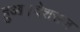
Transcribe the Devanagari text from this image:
हुआ।देशराज